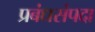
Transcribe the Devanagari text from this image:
प्रबंधसंपदा